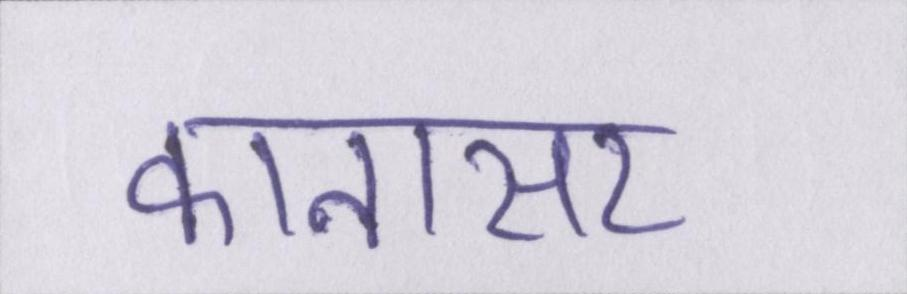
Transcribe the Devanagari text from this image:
कानासर